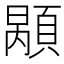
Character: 𩓷